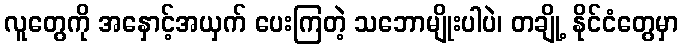
လူတွေကို အနှောင့်အယှက် ပေးကြတဲ့ သဘောမျိုးပါပဲ၊ တချို့ နိုင်ငံတွေမှာ